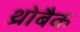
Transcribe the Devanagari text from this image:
थ्रोबैक